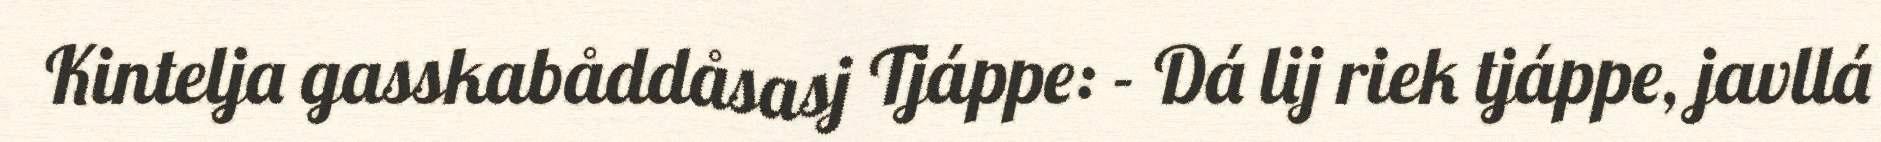
Kintelja gasskabåddåsasj Tjáppe: - Dá lij riek tjáppe, javllá